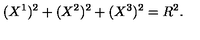
( X ^ { 1 } ) ^ { 2 } + ( X ^ { 2 } ) ^ { 2 } + ( X ^ { 3 } ) ^ { 2 } = R ^ { 2 } .